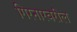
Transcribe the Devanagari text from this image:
गिरनारवरील